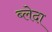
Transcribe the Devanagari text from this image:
ब्लेदा